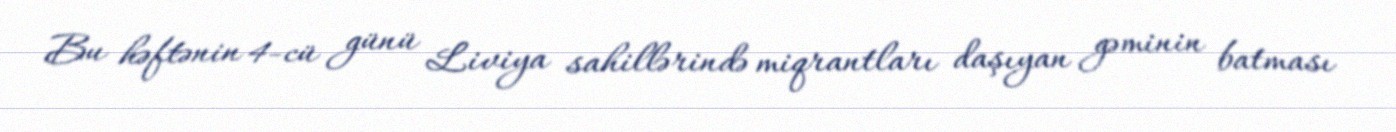
Bu həftənin 4-cü günü Liviya sahillərində miqrantları daşıyan gəminin batması